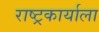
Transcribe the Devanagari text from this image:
राष्ट्रकार्याला